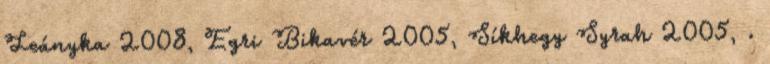
Leányka 2008, Egri Bikavér 2005, Síkhegy Syrah 2005, .